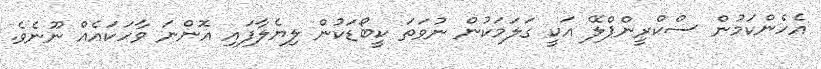
އެހެންކަމުން ސްކްރީންޕްލޭ އަކީ ގަލަމަކުން ނުވަތަ ކީބޯޑަކުން ލިޔެލާފައި އޮންނަ ވާހަކައެއް ނޫނެވެ.